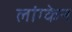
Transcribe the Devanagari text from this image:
लांग्केन